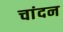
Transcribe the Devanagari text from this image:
चांदन